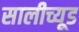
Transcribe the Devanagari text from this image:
सालीच्यूड